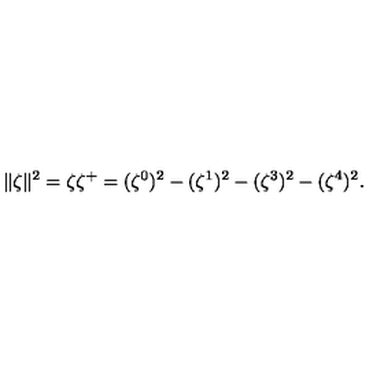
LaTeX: \| \zeta \| ^ { 2 } = \zeta { \zeta } ^ { + } = ( \zeta ^ { 0 } ) ^ { 2 } - ( \zeta ^ { 1 } ) ^ { 2 } - ( \zeta ^ { 3 } ) ^ { 2 } - ( \zeta ^ { 4 } ) ^ { 2 } .